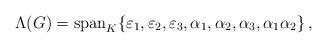
LaTeX: \begin{align*}\Lambda(G)=\mathrm{span}_K\{\varepsilon_1,\varepsilon_2, \varepsilon_3, \alpha_1, \alpha_2, \alpha_3, \alpha_1\alpha_2\}\, ,\end{align*}